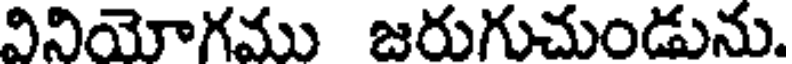
వినియోగము జరుగుచుండును.